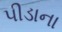
પીડાના